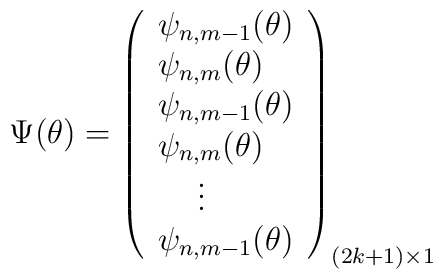
\Psi(\theta)= \left( \begin{array}{lr} \psi_{n,m-1}(\theta) \\                       \psi_{n,m}(\theta) \\ \psi_{n,m-1}(\theta) \\ \psi_{n,m}(\theta) \\ \,\,\,\,\,\,\,\vdots\\ \psi_{n,m-1}(\theta)                           \\ \end{array}             \right)_{(2k+1) \times 1}